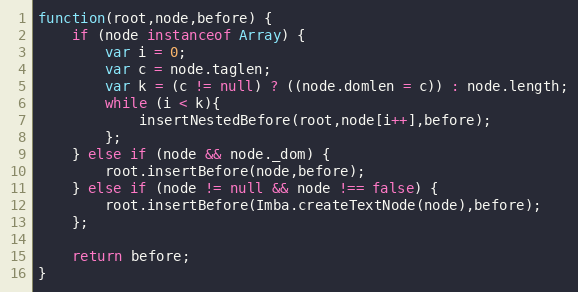
Language: JavaScript
function(root,node,before) {
	if (node instanceof Array) {
		var i = 0;
		var c = node.taglen;
		var k = (c != null) ? ((node.domlen = c)) : node.length;
		while (i < k){
			insertNestedBefore(root,node[i++],before);
		};
	} else if (node && node._dom) {
		root.insertBefore(node,before);
	} else if (node != null && node !== false) {
		root.insertBefore(Imba.createTextNode(node),before);
	};

	return before;
}